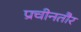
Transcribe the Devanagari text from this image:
प्रचीनतौर